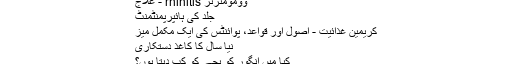
وومومٹرٹر rhinitis - علاج
جلد کی ہائپرپمنٹمنٹ
کریمین غذائیت - اصول اور قواعد، پوائنٹس کی ایک مکمل میز
نیا سال کا کاغذ دستکاری
کیا میں انگور کو بچے کو کب دیتا ہوں؟